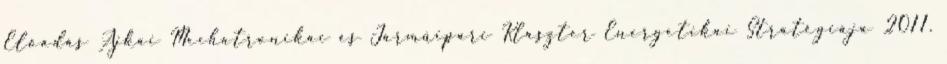
Előadás Ajkai Mechatronikai és Járműipari Klaszter Energetikai Stratégiája 2011.